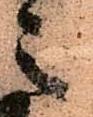
之